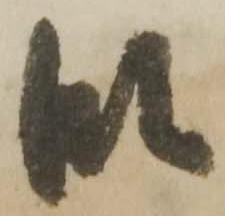
段